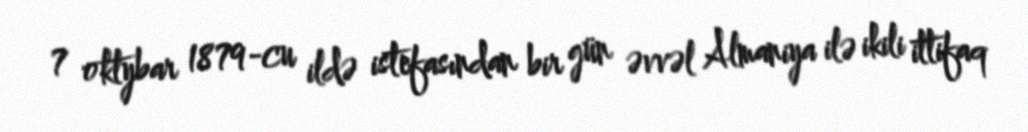
7 oktybar 1879-cu ildə istefasından bir gün əvvəl Almaniya ilə ikili ittifaq